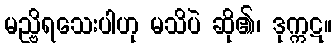
မည္ဗိရသေးပါဟု မသိပဲ ဆို၏၊ ဒုက္ကဋ။